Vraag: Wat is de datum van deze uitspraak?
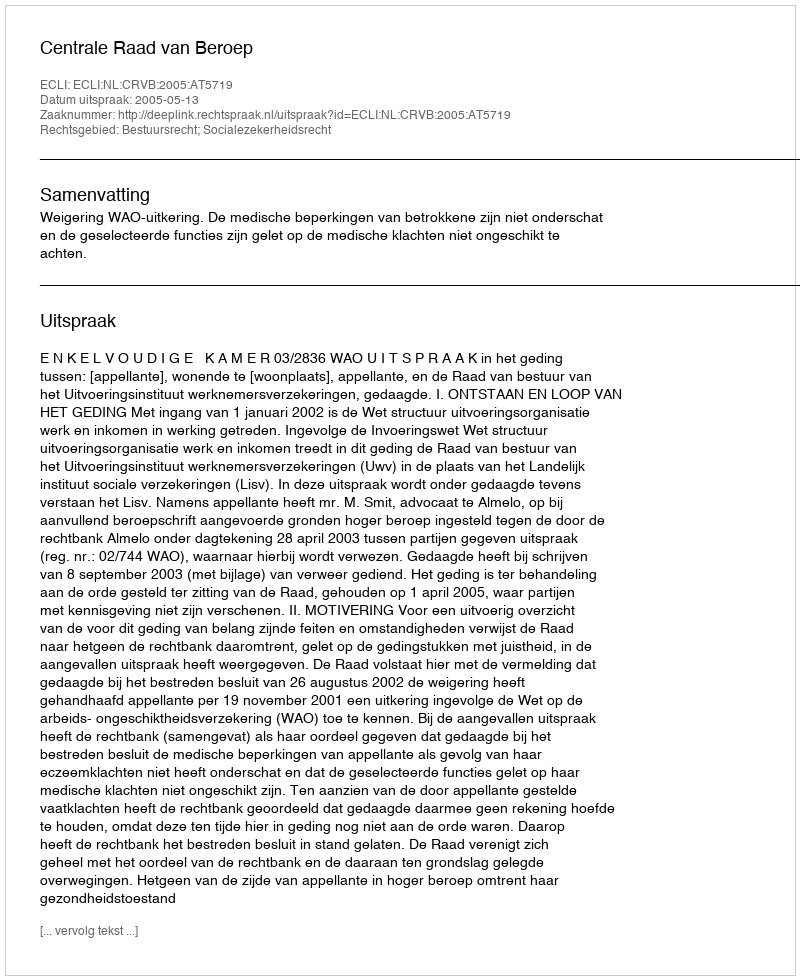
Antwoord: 2005-05-13